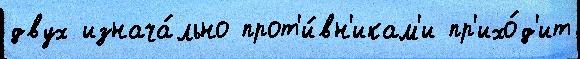
двух изнача́льно прот'и́вн'икам'и пр'ихо́д'ит